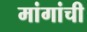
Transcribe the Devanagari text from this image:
मांगांची